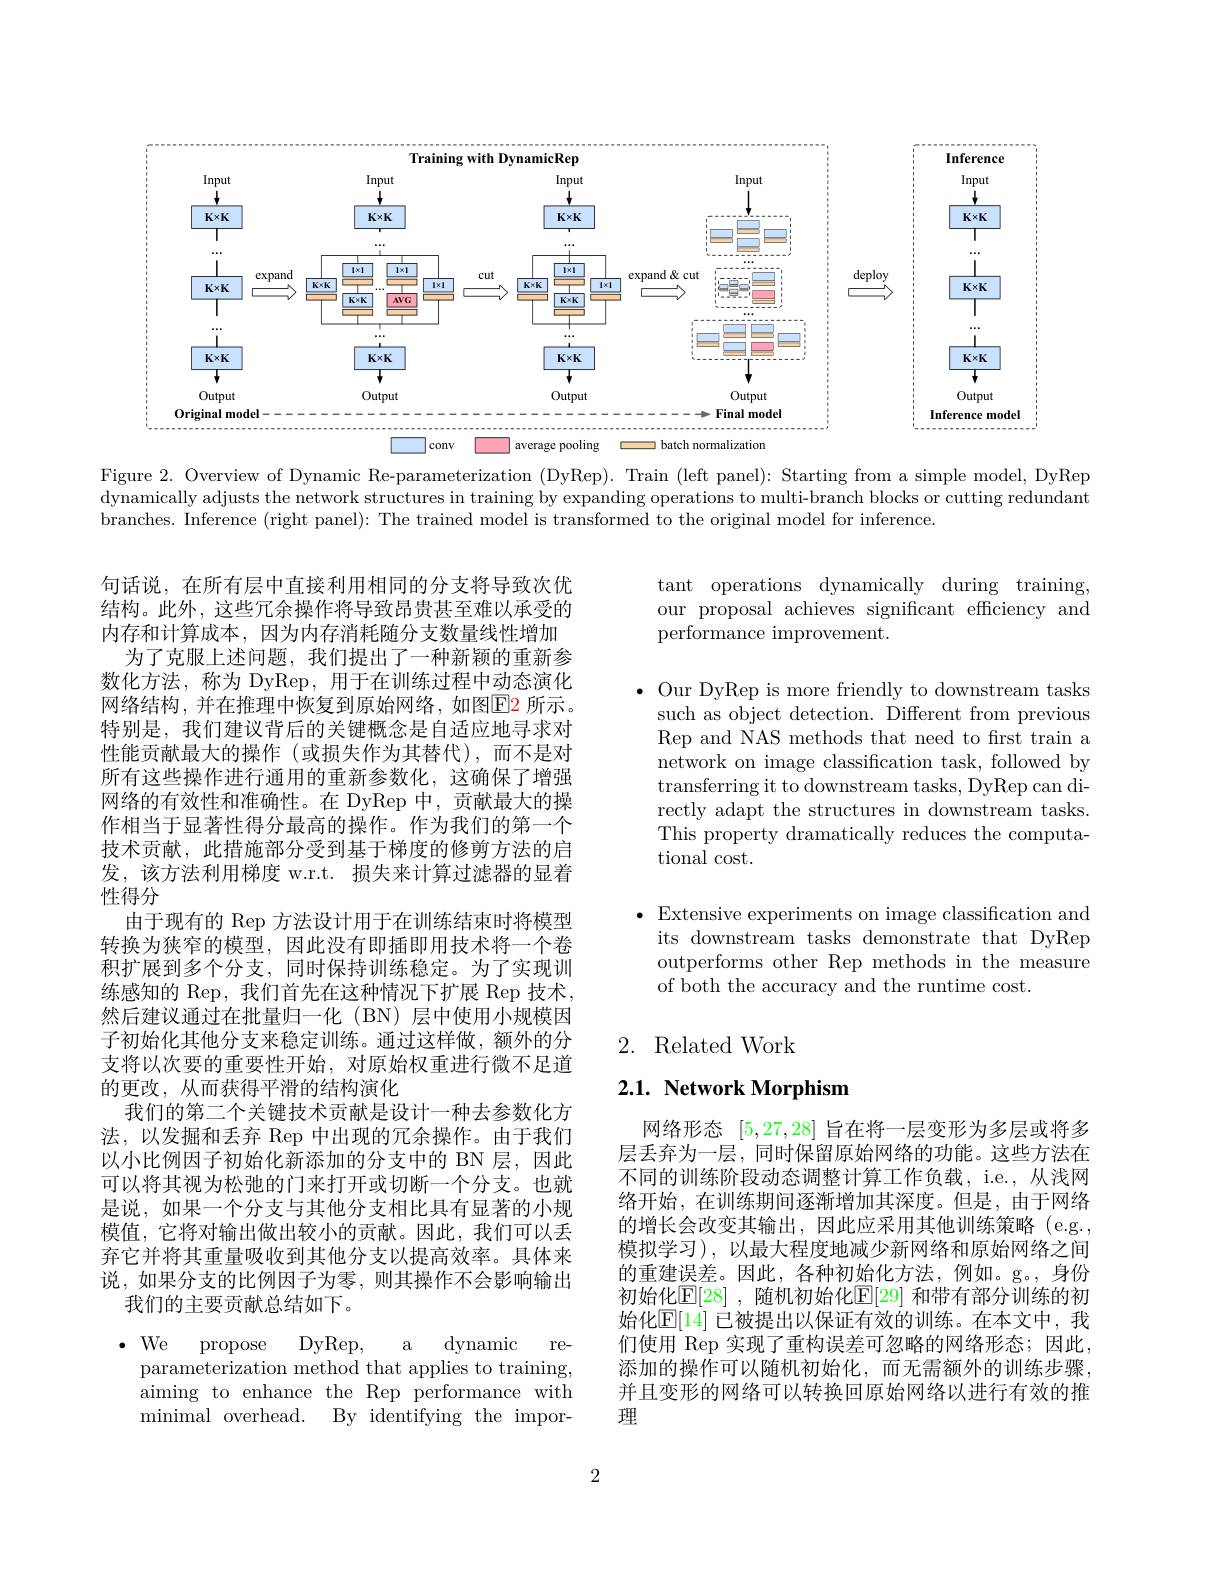
<FigureHere>

Figure 2. Overview of Dynamic Re-parameterization (DyRep). Train (left panel): Starting from a simple model, DyRep dynamically adjusts the network structures in training by expanding operations to multi-branch blocks or cutting redundant branches. Inference (right panel): The trained model is transformed to the original model for inference.

tant operations dynamically during training, our proposal achieves significant efficiency and performance improvement.

$\bullet$ Our DyRep is more friendly to downstream tasks
such as object detection. Different from previous Rep and NAS methods that need to frst train a network on image classification task, followed by transferring it to downstream tasks, DyRep can directly adapt the structures in downstream tasks. This property dramatically reduces the computational cost.

句话说，在所有层中直接利用相同的分支将导致次优结构。此外，这些冗余操作将导致昂贵甚至难以承受的内存和计算成本，因为内存消耗随分支数量线性增加
为了克服上述问题，我们提出了一种新颖的重新参数化方法，称为 DyRep, 用于在训练过程中动态演化网络结构，并在推理中恢复到原始网络，如图$\color{red}{\mathrm{E2}}$ 所示。特别是，我们建议背后的关键概念是自适应地寻求对性能贡献最大的操作(或损失作为其替代),而不是对所有这些操作进行通用的重新参数化，这确保了增强网络的有效性和准确性。在 DyRep 中，贡献最大的操作相当于显著性得分最高的操作。作为我们的第一个技术贡献，此措施部分受到基于梯度的修剪方法的启发，该方法利用梯度 w.r.t. 损失来计算过滤器的显着性得分
由于现有的 Rep 方法设计用于在训练结束时将模型转换为狭窄的模型，因此没有即插即用技术将一个卷积扩展到多个分支，同时保持训练稳定。为了实现训练感知的 Rep, 我们首先在这种情况下扩展 Rep 技术， 然后建议通过在批量归一化 (BN) 层中使用小规模因子初始化其他分支来稳定训练。通过这样做，额外的分支将以次要的重要性开始，对原始权重进行微不足道的更改，从而获得平滑的结构演化
我们的第二个关键技术贡献是设计一种去参数化方法，以发掘和丢弃 Rep 中出现的冗余操作。由于我们以小比例因子初始化新添加的分支中的 BN 层，因此可以将其视为松弛的门来打开或切断一个分支。也就是说，如果一个分支与其他分支相比具有显著的小规模值，它将对输出做出较小的贡献。因此，我们可以丢弃它并将其重量吸收到其他分支以提高效率。具体来说，如果分支的比例因子为零，则其操作不会影响输出
我们的主要贡献总结如下。

$\bullet$ Extensive experiments on image classification and its downstream tasks demonstrate that DyRep outperforms other Rep methods in the measure of both the accuracy and the runtime cost.

## 2. Related Work

## $2. 1. \textbf{ Network Morphism}$

网络形态[5,27,28]旨在将一层变形为多层或将多层丢弃为一层，同时保留原始网络的功能。这些方法在不同的训练阶段动态调整计算工作负载，i.e.,从浅网络开始，在训练期间逐渐增加其深度。但是，由于网络的增长会改变其输出，因此应采用其他训练策略(e.g., 模拟学习),以最大程度地减少新网络和原始网络之间的重建误差。因此，各种初始化方法，例如。g。,身份初始化$\mathbb{E}[28]$ ,随机初始化$\mathbb{E}[29]$ 和带有部分训练的初始化$\mathbb{E}[14]$ 已被提出以保证有效的训练。在本文中，我们使用 Rep 实现了重构误差可忽略的网络形态；因此， 添加的操作可以随机初始化，而无需额外的训练步骤， 并且变形的网络可以转换回原始网络以进行有效的推理

$\bullet We$
a dynamic re-
DyRep,
$\operatorname{propose}$
parameterization method that applies to training, aiming to enhance the Rep performance with minimal overhead. By identifying the impor-

2